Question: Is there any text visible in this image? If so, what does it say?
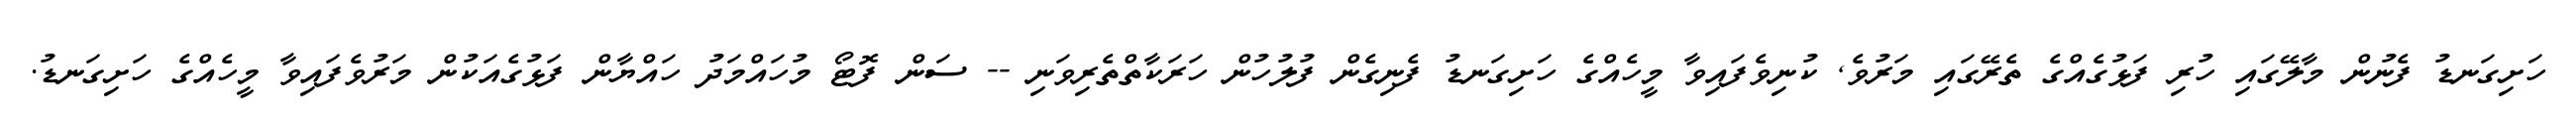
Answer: ހަށިގަނޑު ފެނުން މާލޭގައި ހުރި ފަޅުގެއްގެ ތެރޭގައި މަރުވެ, ކުނިވެފައިވާ މީހެއްގެ ހަށިގަނޑު ފެނިގެން ފުލުހުން ހަރަކާތްތެރިވަނި -- ސަން ފޮޓޯ މުހައްމަދު ހައްޔާން ފަޅުގެއަކުން މަރުވެފައިވާ މީހެއްގެ ހަށިގަނޑު.